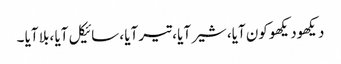
دیکھودیکھو کون آیا، شیر آیا ، تیر آیا ، سائیکل آیا ، بلا آیا ۔